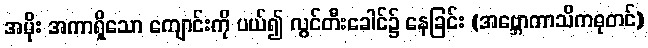
အမိုး အကာရှိသော ကျောင်းကို ပယ်၍ လွင်တီးခေါင်၌ နေခြင်း (အဗ္ဘောကာသိကဓုတင်)